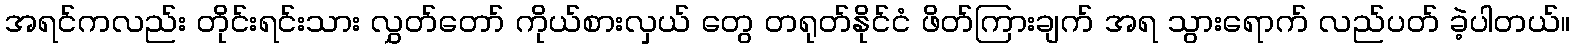
အရင်ကလည်း တိုင်းရင်းသား လွှတ်တော် ကိုယ်စားလှယ် တွေ တရုတ်နိုင်ငံ ဖိတ်ကြားချက် အရ သွားရောက် လည်ပတ် ခဲ့ပါတယ်။